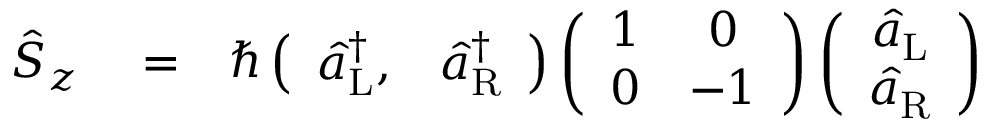
\begin{array} { r l r } { \hat { S } _ { z } } & { { } = } & { \hbar \left( \begin{array} { c c } { \hat { a } _ { \mathrm { L } } ^ { \dagger } , } & { \hat { a } _ { \mathrm { R } } ^ { \dagger } } \end{array} \right) \left( \begin{array} { c c } { 1 } & { 0 } \\ { 0 } & { - 1 } \end{array} \right) \left( \begin{array} { c } { \hat { a } _ { \mathrm { L } } } \\ { \hat { a } _ { \mathrm { R } } } \end{array} \right) } \end{array}